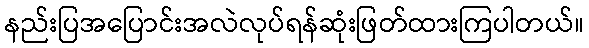
နည်းပြအပြောင်းအလဲလုပ်ရန်ဆုံးဖြတ်ထားကြပါတယ်။